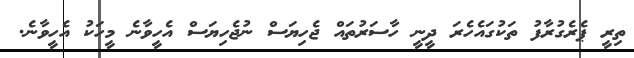
ތިރީ ޕެރެގުރާފު ތަކުގައެހެރަ ދީނީ ހާސަރުތައް ޖެހިޔަސް ނުޖެހިޔަސް އެހީވާނެ މީހަކު އެހީވާނެ.